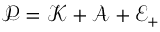
{ \mathcal P } = { \mathcal K } + \mathcal { A } + { \mathcal E } _ { + }